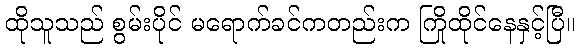
ထိုသူသည် စွမ်းပိုင် မရောက်ခင်ကတည်းက ကြိုထိုင်နေနှင့်ပြီ။